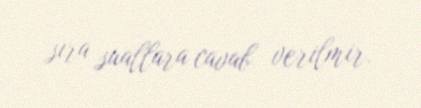
sıra suallara cavab verilmir.